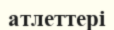
атлеттері